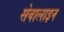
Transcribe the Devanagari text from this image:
सेवालाइन